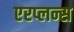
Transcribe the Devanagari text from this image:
एरप्लन्स